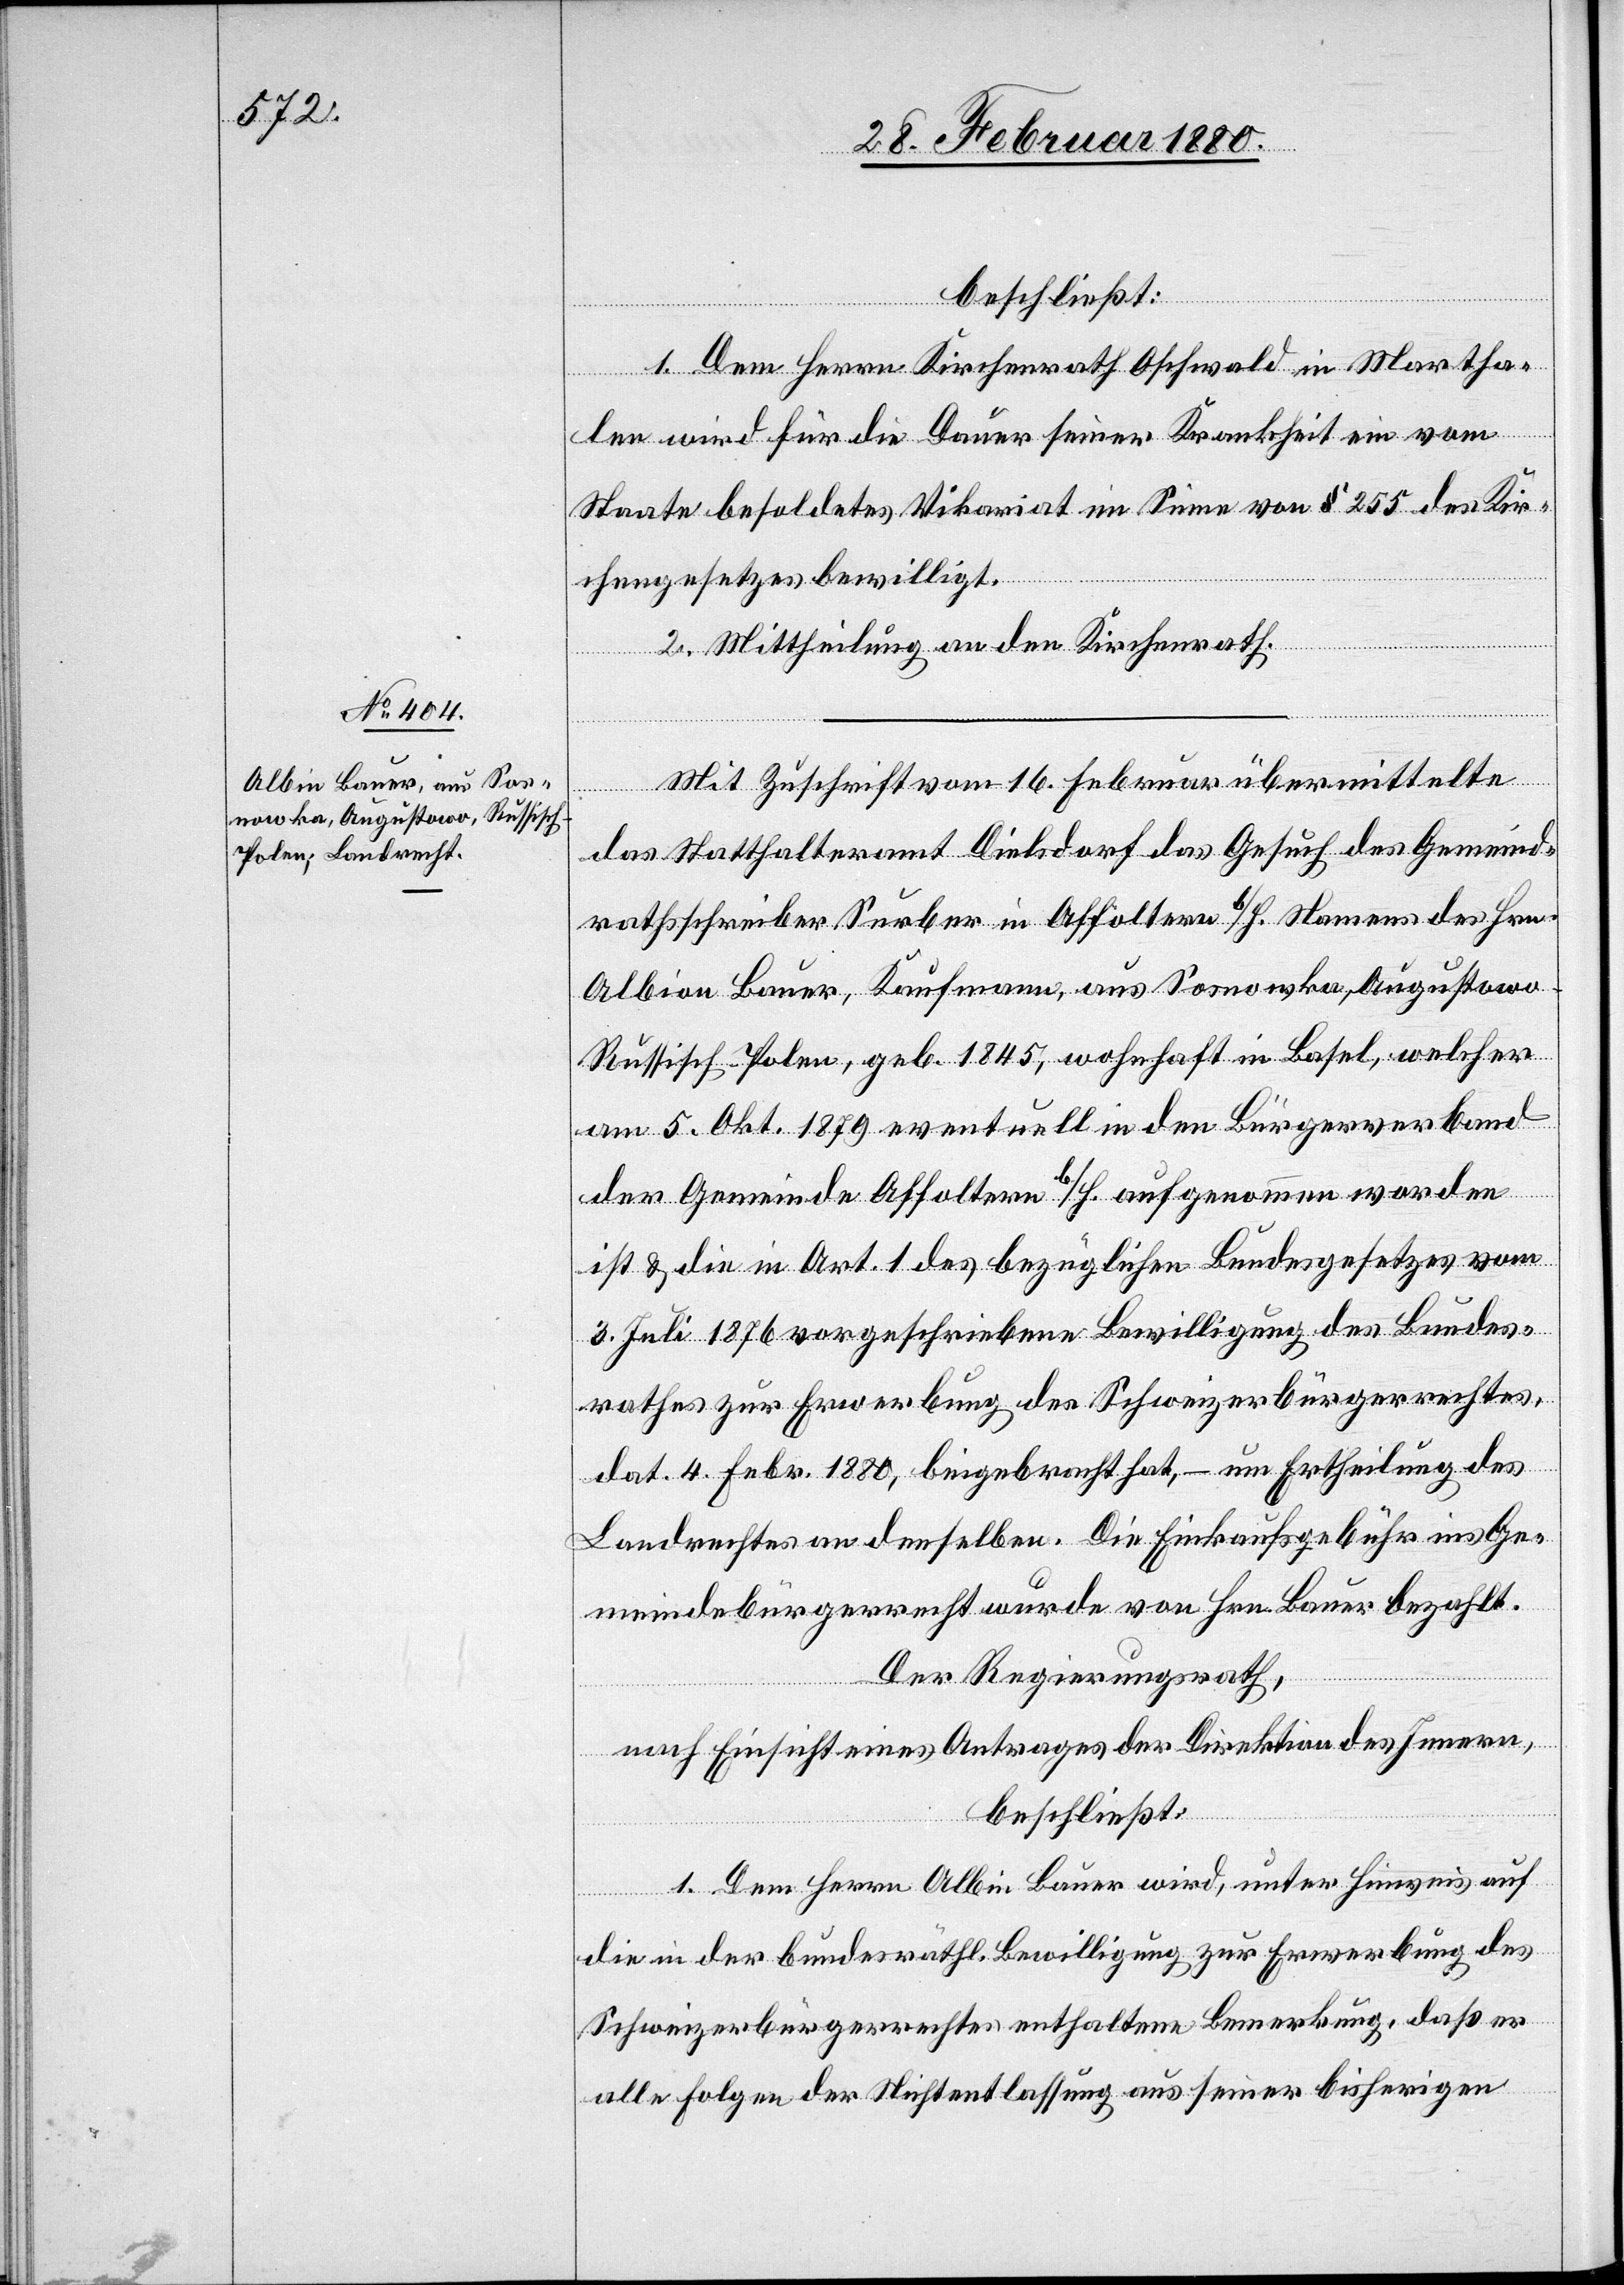
beschließt:
1. Dem Herrn Kirchenrath Oschwald in Martha¬
len wird für die Dauer seiner Krankheit ein vom
Staate besoldetes Vikariat im Sinne von § 255 des Kir¬
chengesetzes bewilligt.
2. Mittheilung an den Kirchenrath.
Mit Zuschrift vom 16. Februar übermittelte
das Statthalteramt Dielsdorf das Gesuch des Gemeind¬
rathsschreiber Surber in Affoltern b/H. Namens des Hrn.
Albion Bauer, Kaufmann, aus Sosnowka, Augustowo,
Russisch-Polen, geb. 1845, wohnhaft in Basel, welcher
am 5. Okt. 1879 eventuell in den Bürgerverband
der Gemeinde Affoltern b/H. aufgenommen worden
ist & die in Art. 1 des bezüglichen Bundesgesetzes vom
3. Juli 1876 vorgeschriebene Bewilligung des Bundes¬
rathes zur Erwerbung des Schweizerbürgerrechtes,
dat. 4. Febr. 1880, beigebracht hat, – um Ertheilung des
Landrechtes an denselben. Die Einkaufsgebühr ins Ge¬
meindebürgerrecht wurde von Hrn. Bauer bezahlt.
Der Regierungsrath,
nach Einsicht eines Antrages der Direktion des Innern,
beschließt:
1. Dem Herrn Albin Bauer wird, unter Hinweis auf
die in der bundesräthl. Bewilligung zur Erwerbung des
Schweizerbürgerrechtes enthaltene Bemerkung, daß er
alle Folgen der Nichtentlassung aus seiner bisherigen